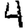
Digit: 4